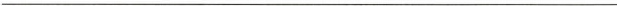
___